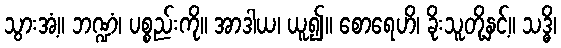
သွားအံ့။ ဘဏ္ဍံ၊ ပစ္စည်းကို။ အာဒါယ၊ ယူ၍။ စောရေဟိ၊ ခိုးသူတို့နှင့်။ သဒ္ဓိ၊